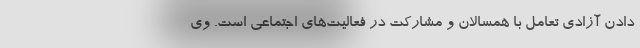
دادن آزادی تعامل با همسالان و مشارکت در فعالیت‌های اجتماعی است. وی